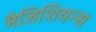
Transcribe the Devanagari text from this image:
मैजिशियन्स